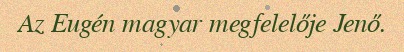
Az Eugén magyar megfelelője Jenő.